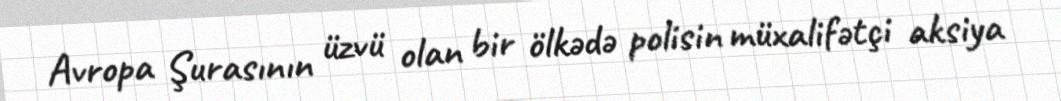
Avropa Şurasının üzvü olan bir ölkədə polisin müxalifətçi aksiya